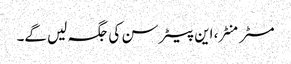
مسٹر منٹر، این پیٹر سن کی جگہ لیں گے۔